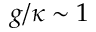
g / \kappa \sim 1